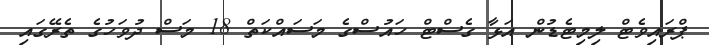
ޕްރައިވެޓް ލިމިޓެޑުން އަޅާ ގެސްޓް ހައުސްގެ މަސައްކަތް 18 މަސް ދުވަހުގެ ތެރޭގައި